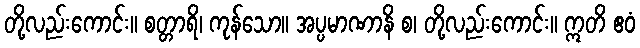
တို့လည်းကောင်း။ စတ္တာရိ၊ ကုန်သော။ အပ္ပမာဏာနိ စ၊ တို့လည်းကောင်း။ ဣတိ ဧဝံ